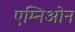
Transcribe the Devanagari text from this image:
एम्निओन